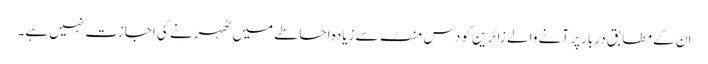
ان کے مطابق دربار پر آنے والے زائرین کو دس منٹ سے زیادہ احاطے میں ٹھہرنے کی اجازت نہیں ہے۔